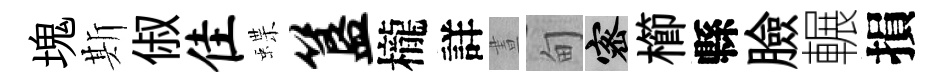
塊斯俶隹蝶簋櫳詳晝甸密櫛縣臉輾損